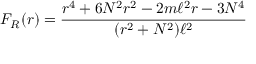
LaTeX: F _ { R } ( r ) = \frac { r ^ { 4 } + 6 N ^ { 2 } r ^ { 2 } - 2 m \ell ^ { 2 } r - 3 N ^ { 4 } } { ( r ^ { 2 } + N ^ { 2 } ) \ell ^ { 2 } }